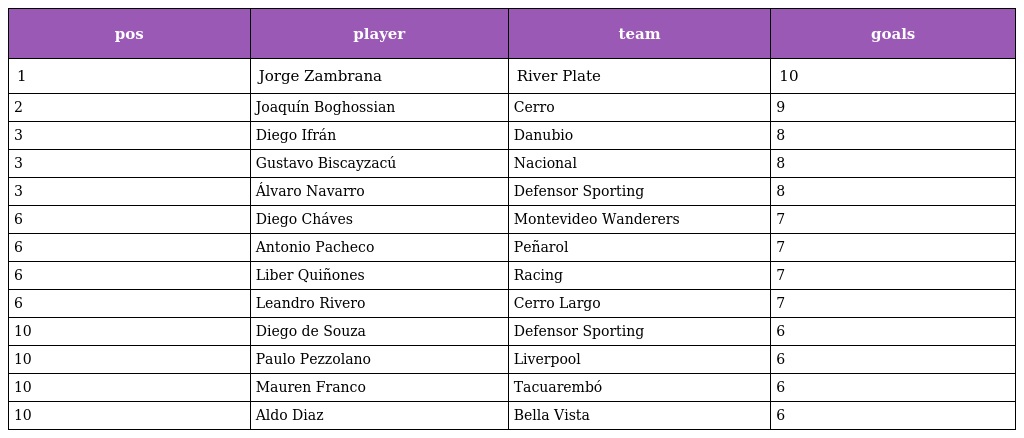
| pos | player | team | goals |
 | --- | --- | --- | --- |
 | 1 | Jorge Zambrana | River Plate | 10 |
 | 2 | Joaquín Boghossian | Cerro | 9 |
 | 3 | Diego Ifrán | Danubio | 8 |
 | 3 | Gustavo Biscayzacú | Nacional | 8 |
 | 3 | Álvaro Navarro | Defensor Sporting | 8 |
 | 6 | Diego Cháves | Montevideo Wanderers | 7 |
 | 6 | Antonio Pacheco | Peñarol | 7 |
 | 6 | Liber Quiñones | Racing | 7 |
 | 6 | Leandro Rivero | Cerro Largo | 7 |
 | 10 | Diego de Souza | Defensor Sporting | 6 |
 | 10 | Paulo Pezzolano | Liverpool | 6 |
 | 10 | Mauren Franco | Tacuarembó | 6 |
 | 10 | Aldo Diaz | Bella Vista | 6 |